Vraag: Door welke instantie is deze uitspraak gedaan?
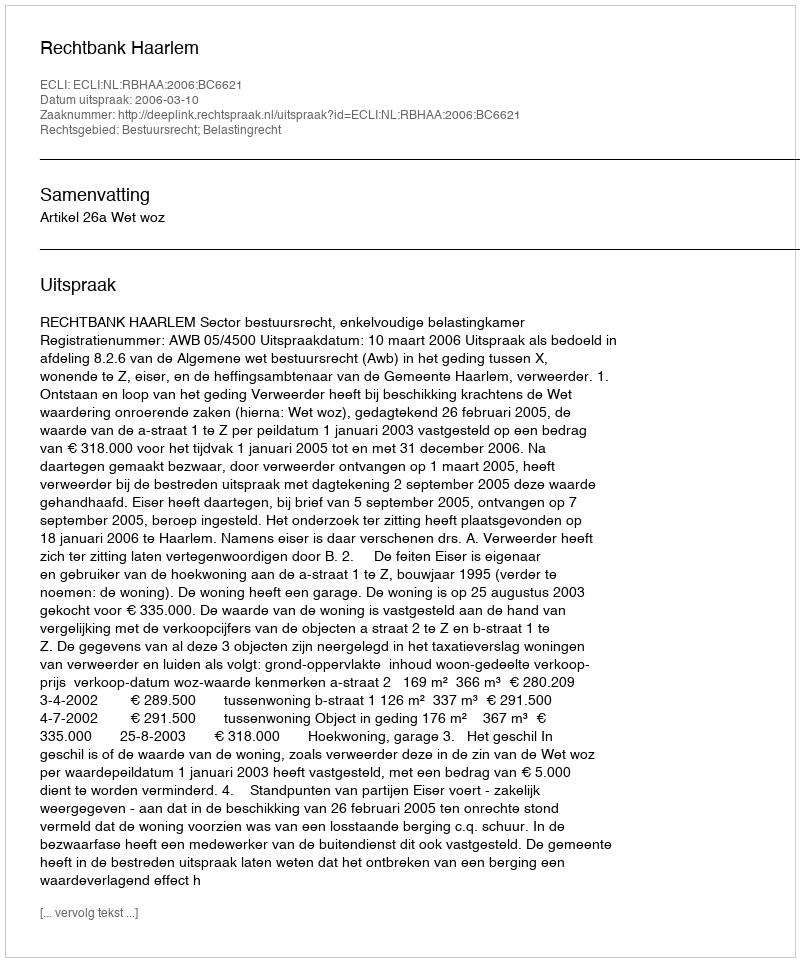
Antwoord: Rechtbank Haarlem